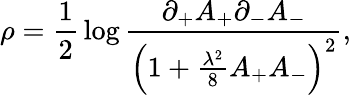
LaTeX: \rho={\frac{1}{2}}\log{\frac{\partial_{+}A_{+}\partial_{-}A_{-}}{\left(1+{\frac{\lambda^{2}}{8}}A_{+}A_{-}\right)^{2}}},